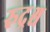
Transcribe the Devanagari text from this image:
रुद्रश्च